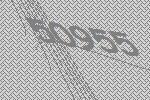
50955